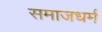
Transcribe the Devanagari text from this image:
समाजधर्म